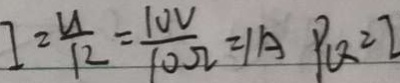
I = \frac { U } { R } = \frac { 1 0 V } { 1 0 \Omega } = 1 A P _ { Q } = I